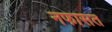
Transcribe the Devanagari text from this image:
नफासत